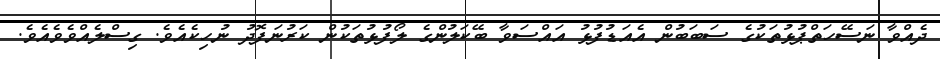
ދެއްވާ ނަސޭހަތްޕުޅުތަކުގެ ސަބަބުން އެއަޑުފުޅު އައްސަވާ ބޭކަލުންގެ ލޯފުޅުތަކުން ކަރުނަފޮދު ނުހިކެއެވެ. ގިސްލެއްވެވެއެވެ.